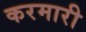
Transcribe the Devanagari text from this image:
करमारी